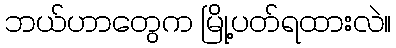
ဘယ်ဟာတွေက မြို့ပတ်ရထားလဲ။